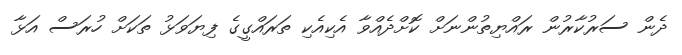
ދެން ސަރުކާރުން ރައްޔިތުންނަށް ކޮށްދެއްވާ އެކިއެކި ތަރައްގީގެ ފިޔަވަޅު ތަކަށް ހުރަސް އަޅާ